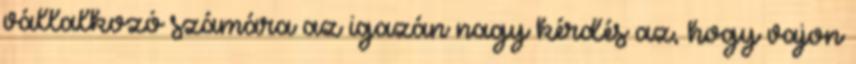
vállalkozó számára az igazán nagy kérdés az, hogy vajon